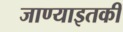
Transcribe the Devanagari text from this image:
जाण्याइतकी